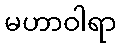
မဟာဝါရာ